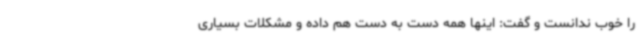
را خوب ندانست و گفت: اینها همه دست به دست هم داده و مشکلات بسیاری